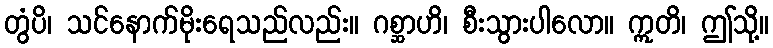
တွံပိ၊ သင်နောက်မိုးရေသည်လည်း။ ဂစ္ဆာဟိ၊ စီးသွားပါလော။ ဣတိ၊ ဤသို့။